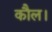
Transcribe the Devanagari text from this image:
कौल।